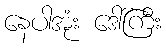
နေပါအုံး ဒေါ်ကြီး